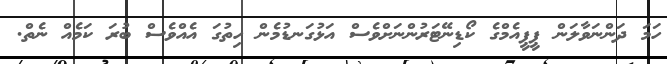
ހަމަ ދަންނަވާލަން ޕީޕީއެމްގެ ކޯޑިނޭޓަރުންނަށްވެސް އަޅުގަނޑުމެން ހިތުގަ އެއްވެސް ބުރަ ކަމެއް ނެތް.